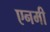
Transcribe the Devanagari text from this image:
एनमी